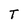
Character: T